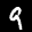
Label: 9